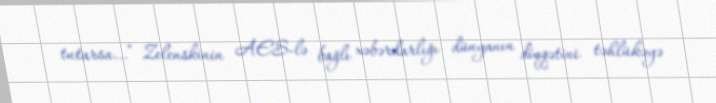
tutarsa...” Zelenskinin AES-lə bağlı xəbərdarlığı dünyanın diqqətini təhlükəyə